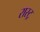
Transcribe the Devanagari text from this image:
रास्ट्र